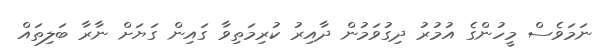
ނަމަވެސް މީހުންގެ އުމުރު ދިގުވަމުން ދާއިރު ކުރިމަތިވާ ގައިން ގަޔަށް ނާރާ ބަލިތައް